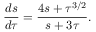
\frac { d s } { d \tau } = \frac { 4 s + \tau ^ { 3 / 2 } } { s + 3 \tau } .